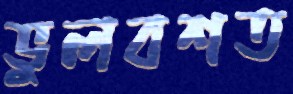
ভুলবশত